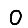
Digit: 0